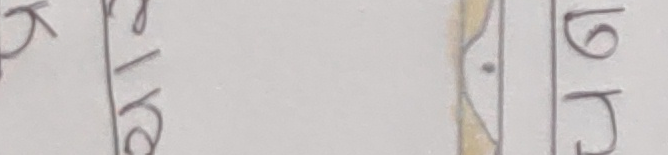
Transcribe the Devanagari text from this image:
क ७
र र
क ९